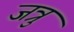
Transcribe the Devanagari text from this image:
जत्रु